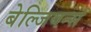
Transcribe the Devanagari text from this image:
बेल्जियन्स